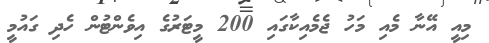
މިއީ އޭނާ މެއި މަހު ޖެމެއިކާގައި 200 މީޓަރުގެ އިވެންޓުން ހެދި ގައުމީ